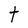
Character: t